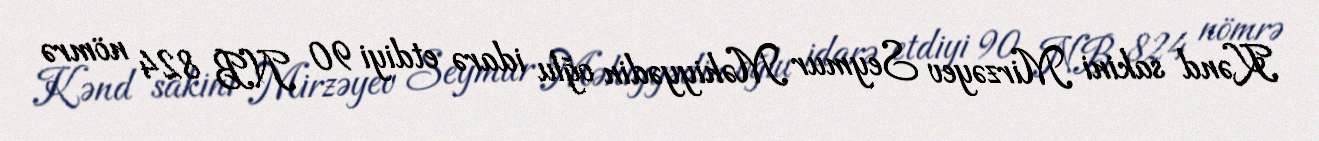
Kənd sakini Mirzəyev Seymur Məhiyyədin oğlu idarə etdiyi 90 NB 824 nömrə